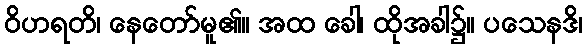
ဝိဟရတိ၊ နေတော်မူ၏။ အထ ခေါ၊ ထိုအခါ၌။ ပသေနဒိ၊